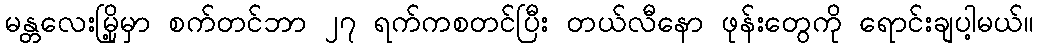
မန္တလေးမြို့မှာ စက်တင်ဘာ ၂၇ ရက်ကစတင်ပြီး တယ်လီနော ဖုန်းတွေကို ရောင်းချပါ့မယ်။